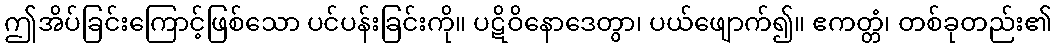
ဤအိပ်ခြင်းကြောင့်ဖြစ်သော ပင်ပန်းခြင်းကို။ ပဋိဝိနောဒေတွာ၊ ပယ်ဖျောက်၍။ ဧကတ္တံ၊ တစ်ခုတည်း၏